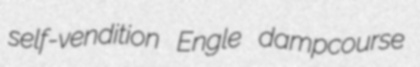
self-vendition Engle dampcourse